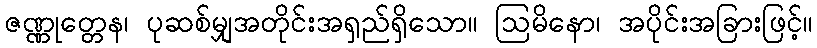
ဇဏ္ဏုတ္တေန၊ ပုဆစ်မျှအတိုင်းအရှည်ရှိသော။ ဩမိနော၊ အပိုင်းအခြားဖြင့်။